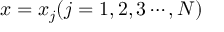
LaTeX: x = x _ { j } ( j = 1 , 2 , 3 \cdots , N )